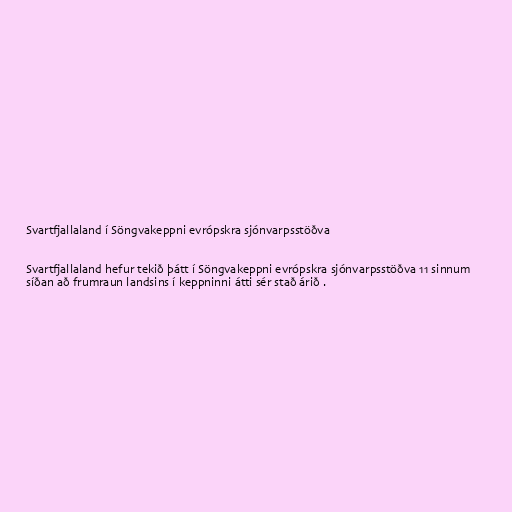
Svartfjallaland í Söngvakeppni evrópskra sjónvarpsstöðva

Svartfjallaland hefur tekið þátt í Söngvakeppni evrópskra sjónvarpsstöðva 11 sinnum
síðan að frumraun landsins í keppninni átti sér stað árið .